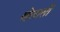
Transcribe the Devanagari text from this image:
व्हेलार्सी